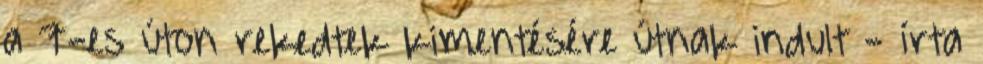
a 7-es úton rekedtek kimentésére útnak indult - írta